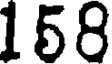
158